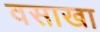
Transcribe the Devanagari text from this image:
वसाखा